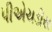
પીએચડીસ